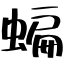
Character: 蝙